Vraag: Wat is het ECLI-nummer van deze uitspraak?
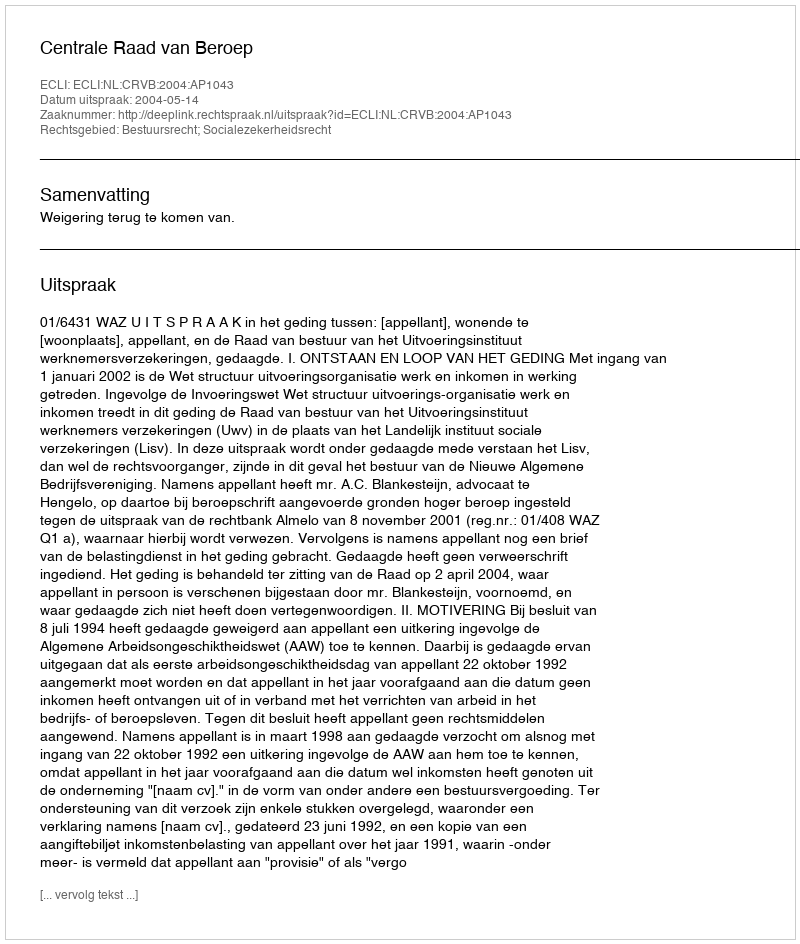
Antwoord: ECLI:NL:CRVB:2004:AP1043